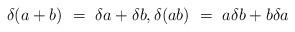
LaTeX: \begin{align*}\delta(a+b)\ =\ \delta a + \delta b,\delta(ab)\ =\ a\delta b + b\delta a\end{align*}